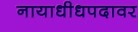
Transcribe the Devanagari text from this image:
नायाधीधपदावर